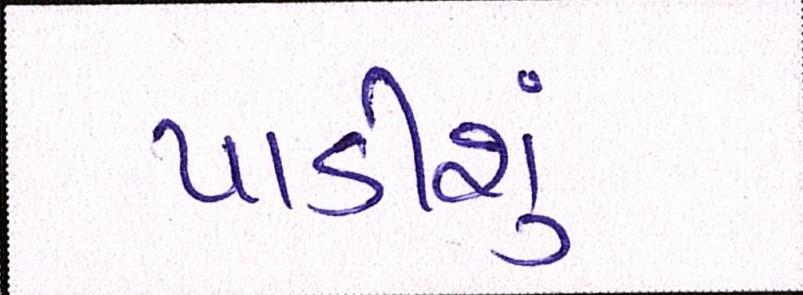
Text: પાડીશું